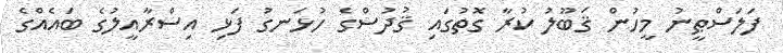
ފަލަސްޠީނު މީހުން ޤަބޫލު ކުރާ ގޮތުގައި ޤުދުސްގެ ހުޅަނގު ފަޅި އިސްރާއީލުގެ ބައެއްގެ